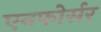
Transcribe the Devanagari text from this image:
एनफोर्सर